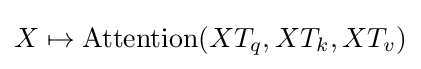
X\mapsto {\text{Attention}}(XT_{q},XT_{k},XT_{v})